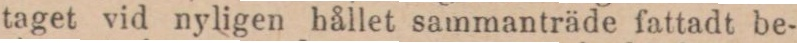
taget vid nyligen hållet sammanträde fattadt be-